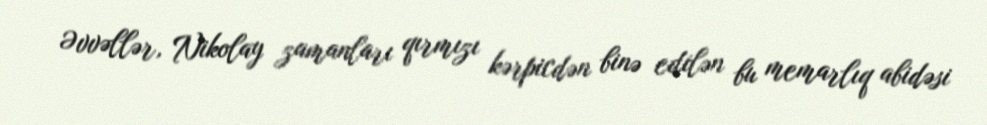
Əvvəllər, Nikolay zamanları qırmızı kərpicdən binə edilən bu memarlıq abidəsi